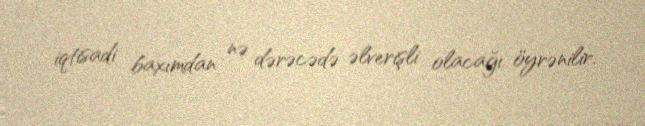
iqtisadi baxımdan nə dərəcədə əlverişli olacağı öyrənilir.